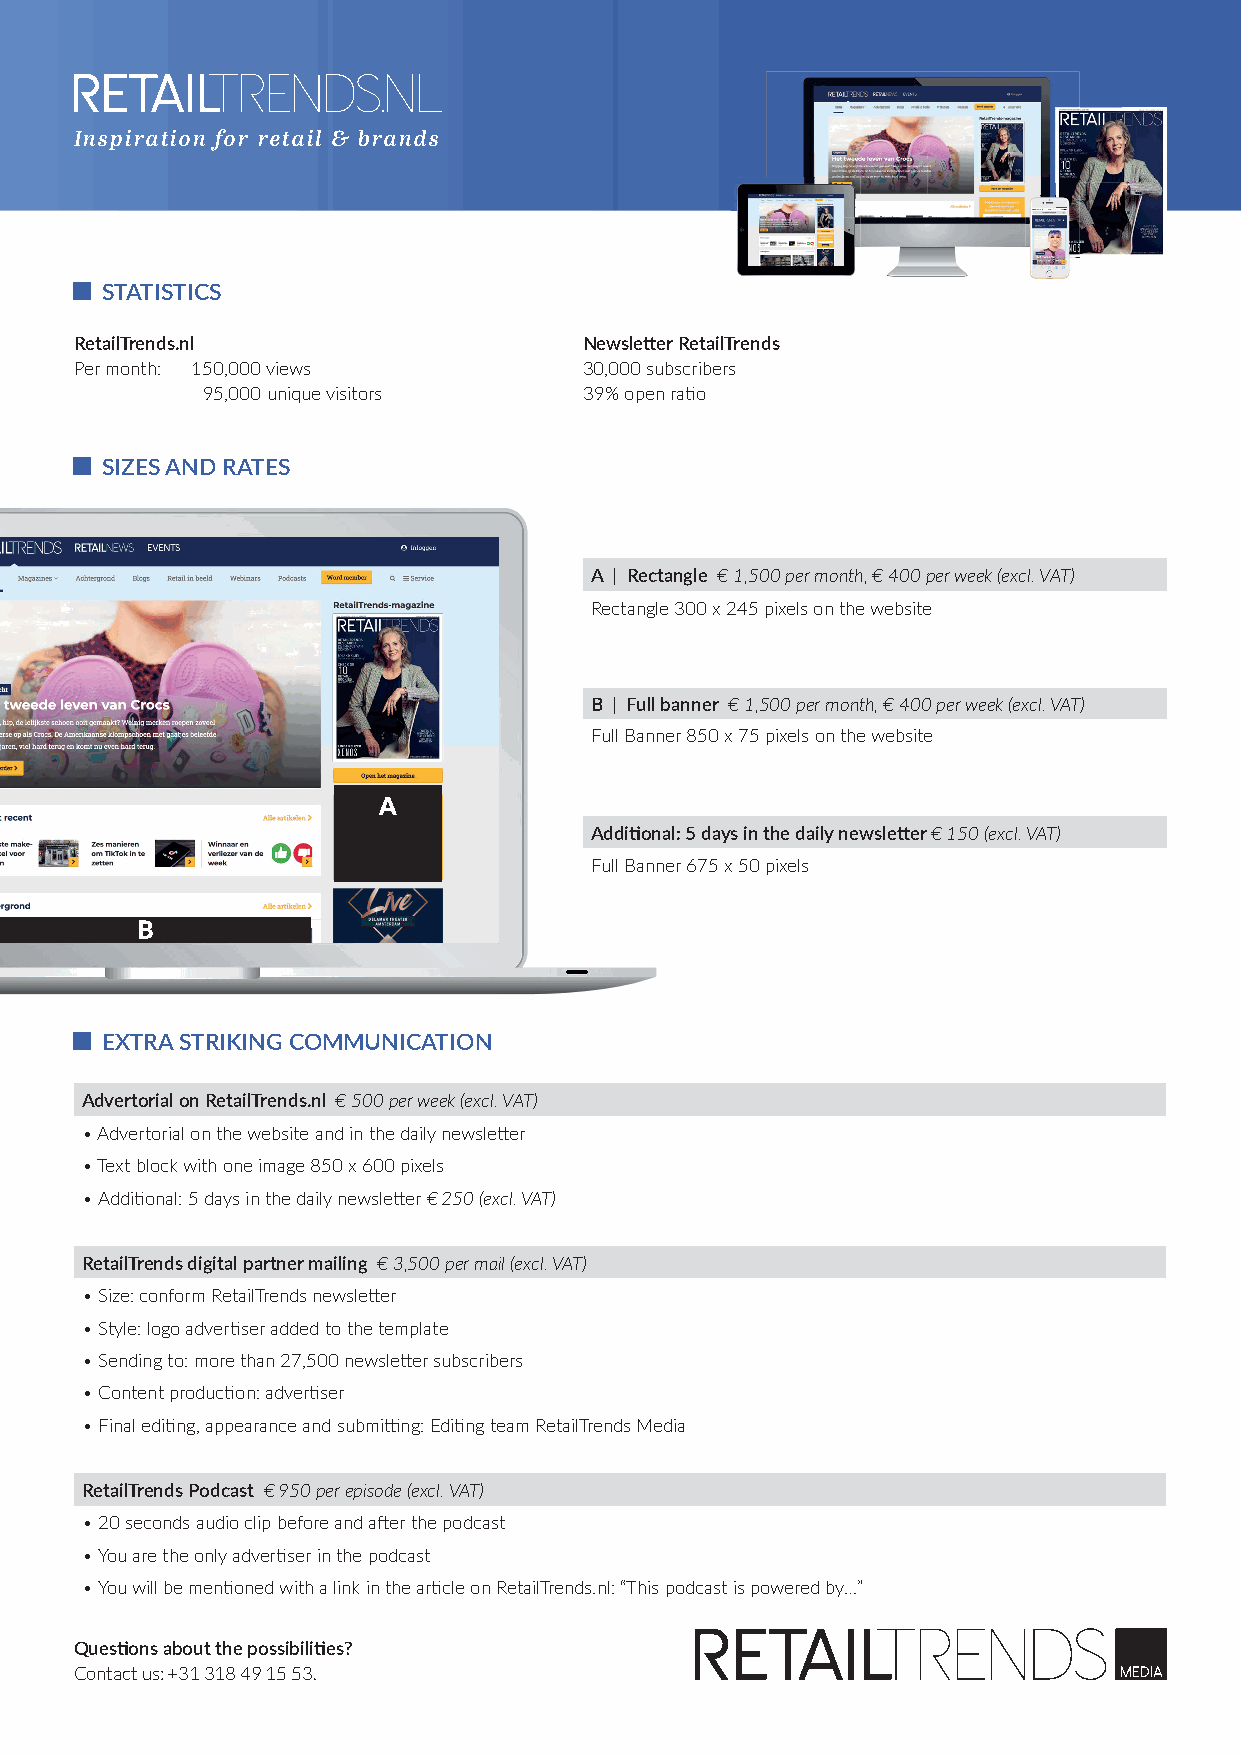
Inspiration for retail & brands
 STATISTICS
 RetailTrends.nl                   Newsletter RetailTrends
 Per month: 150,000 views          30,000 subscribers
 195,000 unique visitors   39% open ratio
 SIZES AND RATES
 A | Rectangle € 1,500 per month, € 400 per week (excl. VAT)
 Rectangle 300 x 245 pixels on the website
 B | Full banner € 1,500 per month, € 400 per week (excl. VAT)
 Full Banner 850 x 75 pixels on the website
 Additional: 5 days in the daily newsletter € 150 (excl. VAT)
 Full Banner 675 x 50 pixels
 EXTRA STRIKING COMMUNICATION
 Advertorial on RetailTrends.nl € 500 per week (excl. VAT)
 • Advertorial on the website and in the daily newsletter
 • Text block with one image 850 x 600 pixels
 • Additional: 5 days in the daily newsletter € 250 (excl. VAT)
 RetailTrends digital partner mailing € 3,500 per mail (excl. VAT)
 • Size: conform RetailTrends newsletter
 • Style: logo advertiser added to the template
 • Sending to: more than 27,500 newsletter subscribers
 • Content production: advertiser
 • Final editing, appearance and submitting: Editing team RetailTrends Media
 RetailTrends Podcast € 950 per episode (excl. VAT)
 • 20 seconds audio clip before and after the podcast
 • You are the only advertiser in the podcast
 • You will be mentioned with a link in the article on RetailTrends.nl: “This podcast is powered by…”
 Questions about the possibilities?
 Contact us: +31 318 49 15 53.